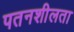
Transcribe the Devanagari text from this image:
पतनशीलता